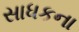
સાધકના